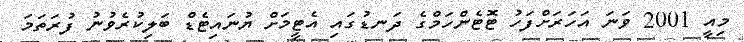
މިއީ 2001 ވަނަ އަހަރަށްފަހު ޓޮޓެންހަމްގެ ދަނޑުގައި އެޓީމަށް ޔުނައިޓެޑް ބަލިކުރެވުނު ފުރަތަމަ